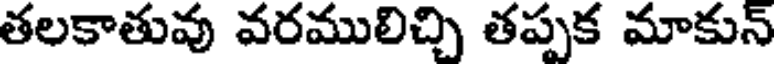
తలకాతువు వరములిచ్చి తప్పక మాకున్